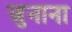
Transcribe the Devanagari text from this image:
जुनाना